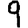
Digit: 9